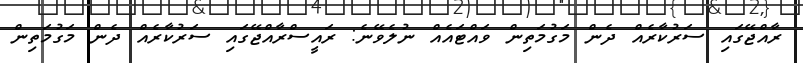
ރާއްޖޭގައި ސަރުކާރެއް ދެން މަގުމަތިން ވައްޓައެއް ނުލެވޭނެ: ރައީސްރާއްޖޭގައި ސަރުކާރެއް ދެން މަގުމަތިން